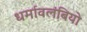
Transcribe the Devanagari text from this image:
धर्मावलंबियो